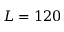
L = 1 2 0